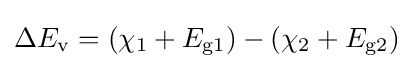
\Delta E_{\rm {v}}=(\chi _{\rm {1}}+E_{\rm {g1}})-(\chi _{\rm {2}}+E_{\rm {g2}})